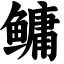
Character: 鳙